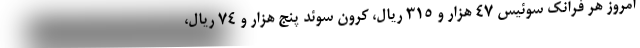
امروز هر فرانک سوئیس ۴۷ هزار و ۳۱۵ ریال، کرون سوئد پنج هزار و ۷۴ ریال،